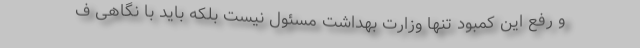
و رفع این کمبود تنها وزارت بهداشت مسئول نیست بلکه باید با نگاهی ف